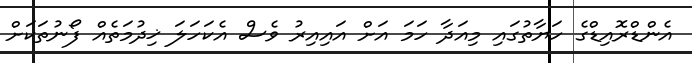
އެންޑްރޮއިޑްގެ ހަޔާތުގައި މިއަދާ ހަމަ އަށް އައިއިރު ވެސް އެކަހަލަ ޚިދުމަތެއް ފޯނުތަކަށް